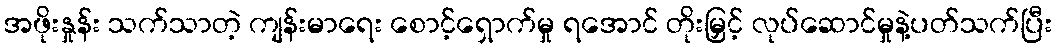
အဖိုးနှုန်း သက်သာတဲ့ ကျန်းမာရေး စောင့်ရှောက်မှု ရအောင် တိုးမြှင့် လုပ်ဆောင်မှုနဲ့ပတ်သက်ပြီး